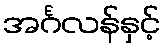
အင်္ဂလန်နှင့်